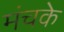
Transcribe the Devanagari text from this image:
मंचके